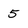
Character: 5